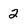
Character: 2